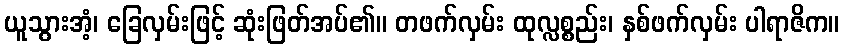
ယူသွားအံ့၊ ခြေလှမ်းဖြင့် ဆုံးဖြတ်အပ်၏။ တဖက်လှမ်း ထုလ္လစ္စည်း၊ နှစ်ဖက်လှမ်း ပါရာဇိက။